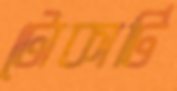
টোকাটি